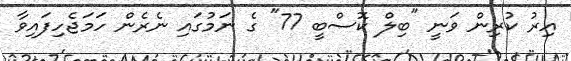
އިރު ކުރިން ވަނީ "ބިލް ކޮސްބީ 77" ގެ ނަމުގައި ނެރެން ހަމަޖެހިފައިވާ